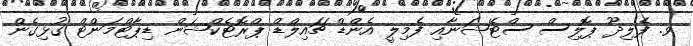
ވ. ފެލިދޫ ޕޮލިސް ސްޓޭޝަނާއި ފެމިލީ އެންޑް ޗައިލްޑް ޕްރޮޓެކްޝަން ޑިޕާޓްމަންޓް ގުޅިގެން